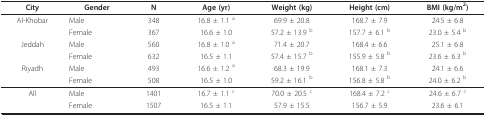
<table><thead><tr><td><b>City</b></td><td><b>Gender</b></td><td><b>N</b></td><td><b>Age (yr)</b></td><td><b>Weight (kg)</b></td><td><b>Height (cm)</b></td><td><b>BMI (kg/m<sup>2</sup>) </b></td></tr></thead><tbody><tr><td>Al-Khobar</td><td>Male</td><td>348</td><td>16.8 ± 1.1 <sup>a</sup></td><td>69.9 ± 20.8</td><td>168.7 ± 7.9</td><td>24.5 ± 6.8</td></tr><tr><td></td><td>Female</td><td>367</td><td>16.6 ± 1.0</td><td>57.2 ± 13.9 <sup>b</sup></td><td>157.7 ± 6.1 <sup>b</sup></td><td>23.0 ± 5.4 <sup>b</sup></td></tr><tr><td>Jeddah</td><td>Male</td><td>560</td><td>16.8 ± 1.0 <sup>a</sup></td><td>71.4 ± 20.7</td><td>168.4 ± 6.6</td><td>25.1 ± 6.8</td></tr><tr><td></td><td>Female</td><td>632</td><td>16.5 ± 1.1</td><td>57.4 ± 15.7 <sup>b</sup></td><td>155.9 ± 5.8 <sup>b</sup></td><td>23.6 ± 6.3 <sup>b</sup></td></tr><tr><td>Riyadh</td><td>Male</td><td>493</td><td>16.6 ± 1.2 <sup>a</sup></td><td>68.3 ± 19.9</td><td>168.1 ± 7.3</td><td>24.1 ± 6.6</td></tr><tr><td></td><td>Female</td><td>508</td><td>16.5 ± 1.0</td><td>59.2 ± 16.1 <sup>b</sup></td><td>156.8 ± 5.8 <sup>b</sup></td><td>24.0 ± 6.2 <sup>b</sup></td></tr><tr><td>All</td><td>Male</td><td>1401</td><td>16.7 ± 1.1 <sup>c</sup></td><td>70.0 ± 20.5 <sup>c</sup></td><td>168.4 ± 7.2 <sup>c</sup></td><td>24.6 ± 6.7 <sup>c</sup></td></tr><tr><td></td><td>Female</td><td>1507</td><td>16.5 ± 1.1</td><td>57.9 ± 15.5</td><td>156.7 ± 5.9</td><td>23.6 ± 6.1</td></tr></tbody></table>